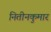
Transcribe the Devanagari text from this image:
नितीनकुमार